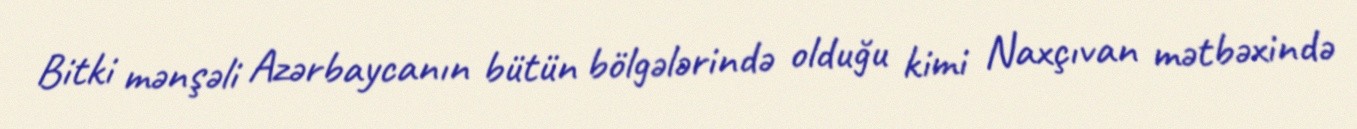
Bitki mənşəli Azərbaycanın bütün bölgələrində olduğu kimi Naxçıvan mətbəxində